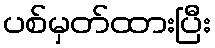
ပစ်မှတ်ထားပြီး